Annual administration report of the Civil Veterinary Department of India - 1895-1896
Year: 1895
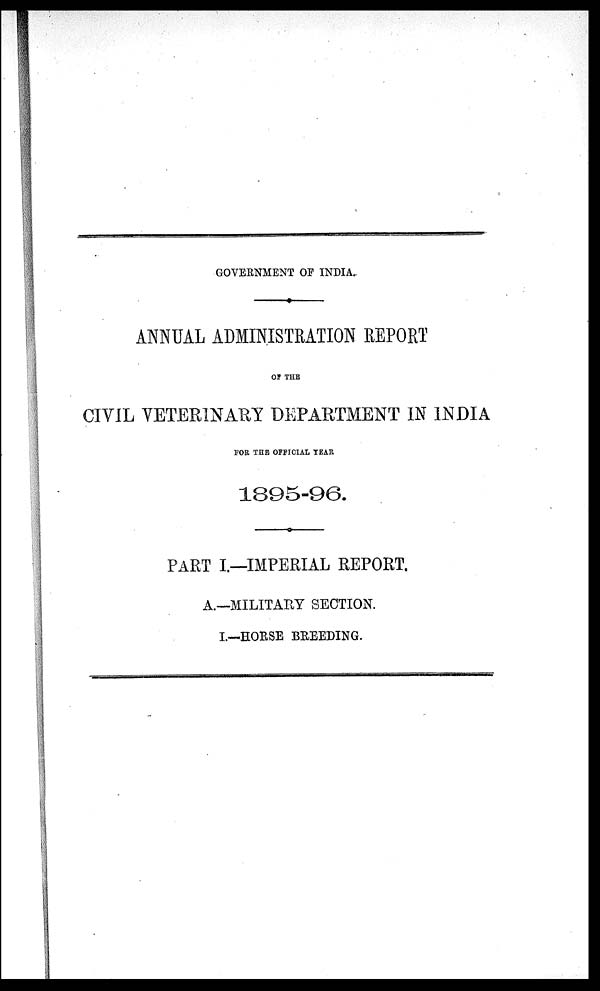
GOVERNMENT OF INDIA.
ANNUAL ADMINISTRATION REPORT
OF THE
CIVIL VETERINARY DEPARTMENT IN INDIA
FOR THE OFFICIAL YEAR
1895-96.
PART I.—IMPERIAL REPORT.
A.—MILITARY SECTION.
I.—HORSE BREEDING.